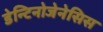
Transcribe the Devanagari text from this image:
डेन्टिनोजेनेसिस